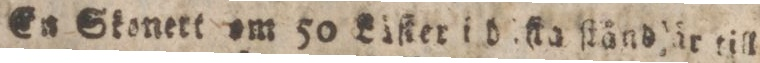
En Skonett am 50 Liſter i d ſta ſtånd år till